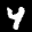
Label: 4